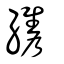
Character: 𦆈